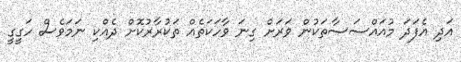
އަދި އެފަދަ މުއައްސަސާތަކުން ވަރަށް ގިނަ ވާހަކަތެއް ތަކުރާރުކޮށް ދެއްކި ނަމަވެސް ހަގީގީ